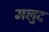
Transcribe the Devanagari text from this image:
मलुद